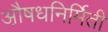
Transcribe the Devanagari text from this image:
औ़़षधनिर्मिती